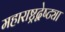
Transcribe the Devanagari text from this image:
महाराष्ट्रद्वेष्ट्या